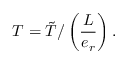
T = \tilde { T } / \left( \frac { L } { e _ { r } } \right) .